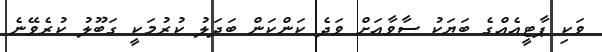
ވަކި ޕާޓީއެއްގެ ބަޔަކު ސާވާއަށް ވަދެ ކަންކަން ބަދަލު ކުރުމަކީ ގަބޫލު ކުރެވޭނެ